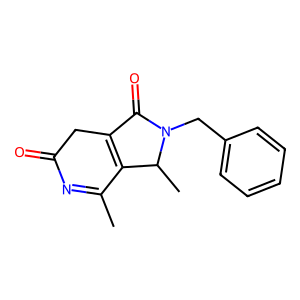
SMILES: CC1=NC(=O)CC2=C1C(C)N(Cc1ccccc1)C2=O
Inhibits HIV replication: No